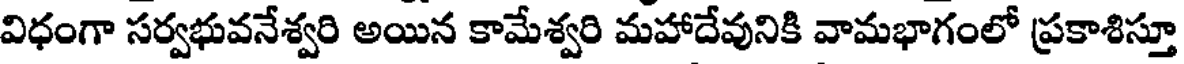
విధంగా సర్వభువనేశ్వరి అయిన కామేశ్వరి మహాదేవునికి వామభాగంలో ప్రకాశిస్తూ